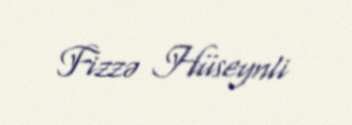
Fizzə Hüseynli